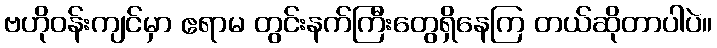
ဗဟိုဝန်းကျင်မှာ ဧရာမ တွင်းနက်ကြီးတွေရှိနေကြ တယ်ဆိုတာပါပဲ။